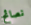
نصائح